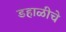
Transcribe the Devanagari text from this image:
डहाळीचे